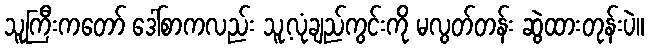
သူကြီးကတော် ဒေါ်စာကလည်း သူ့လုံချည်ကွင်းကို မလွတ်တန်း ဆွဲထားတုန်းပဲ။